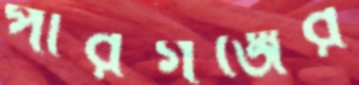
পীরগঞ্জের